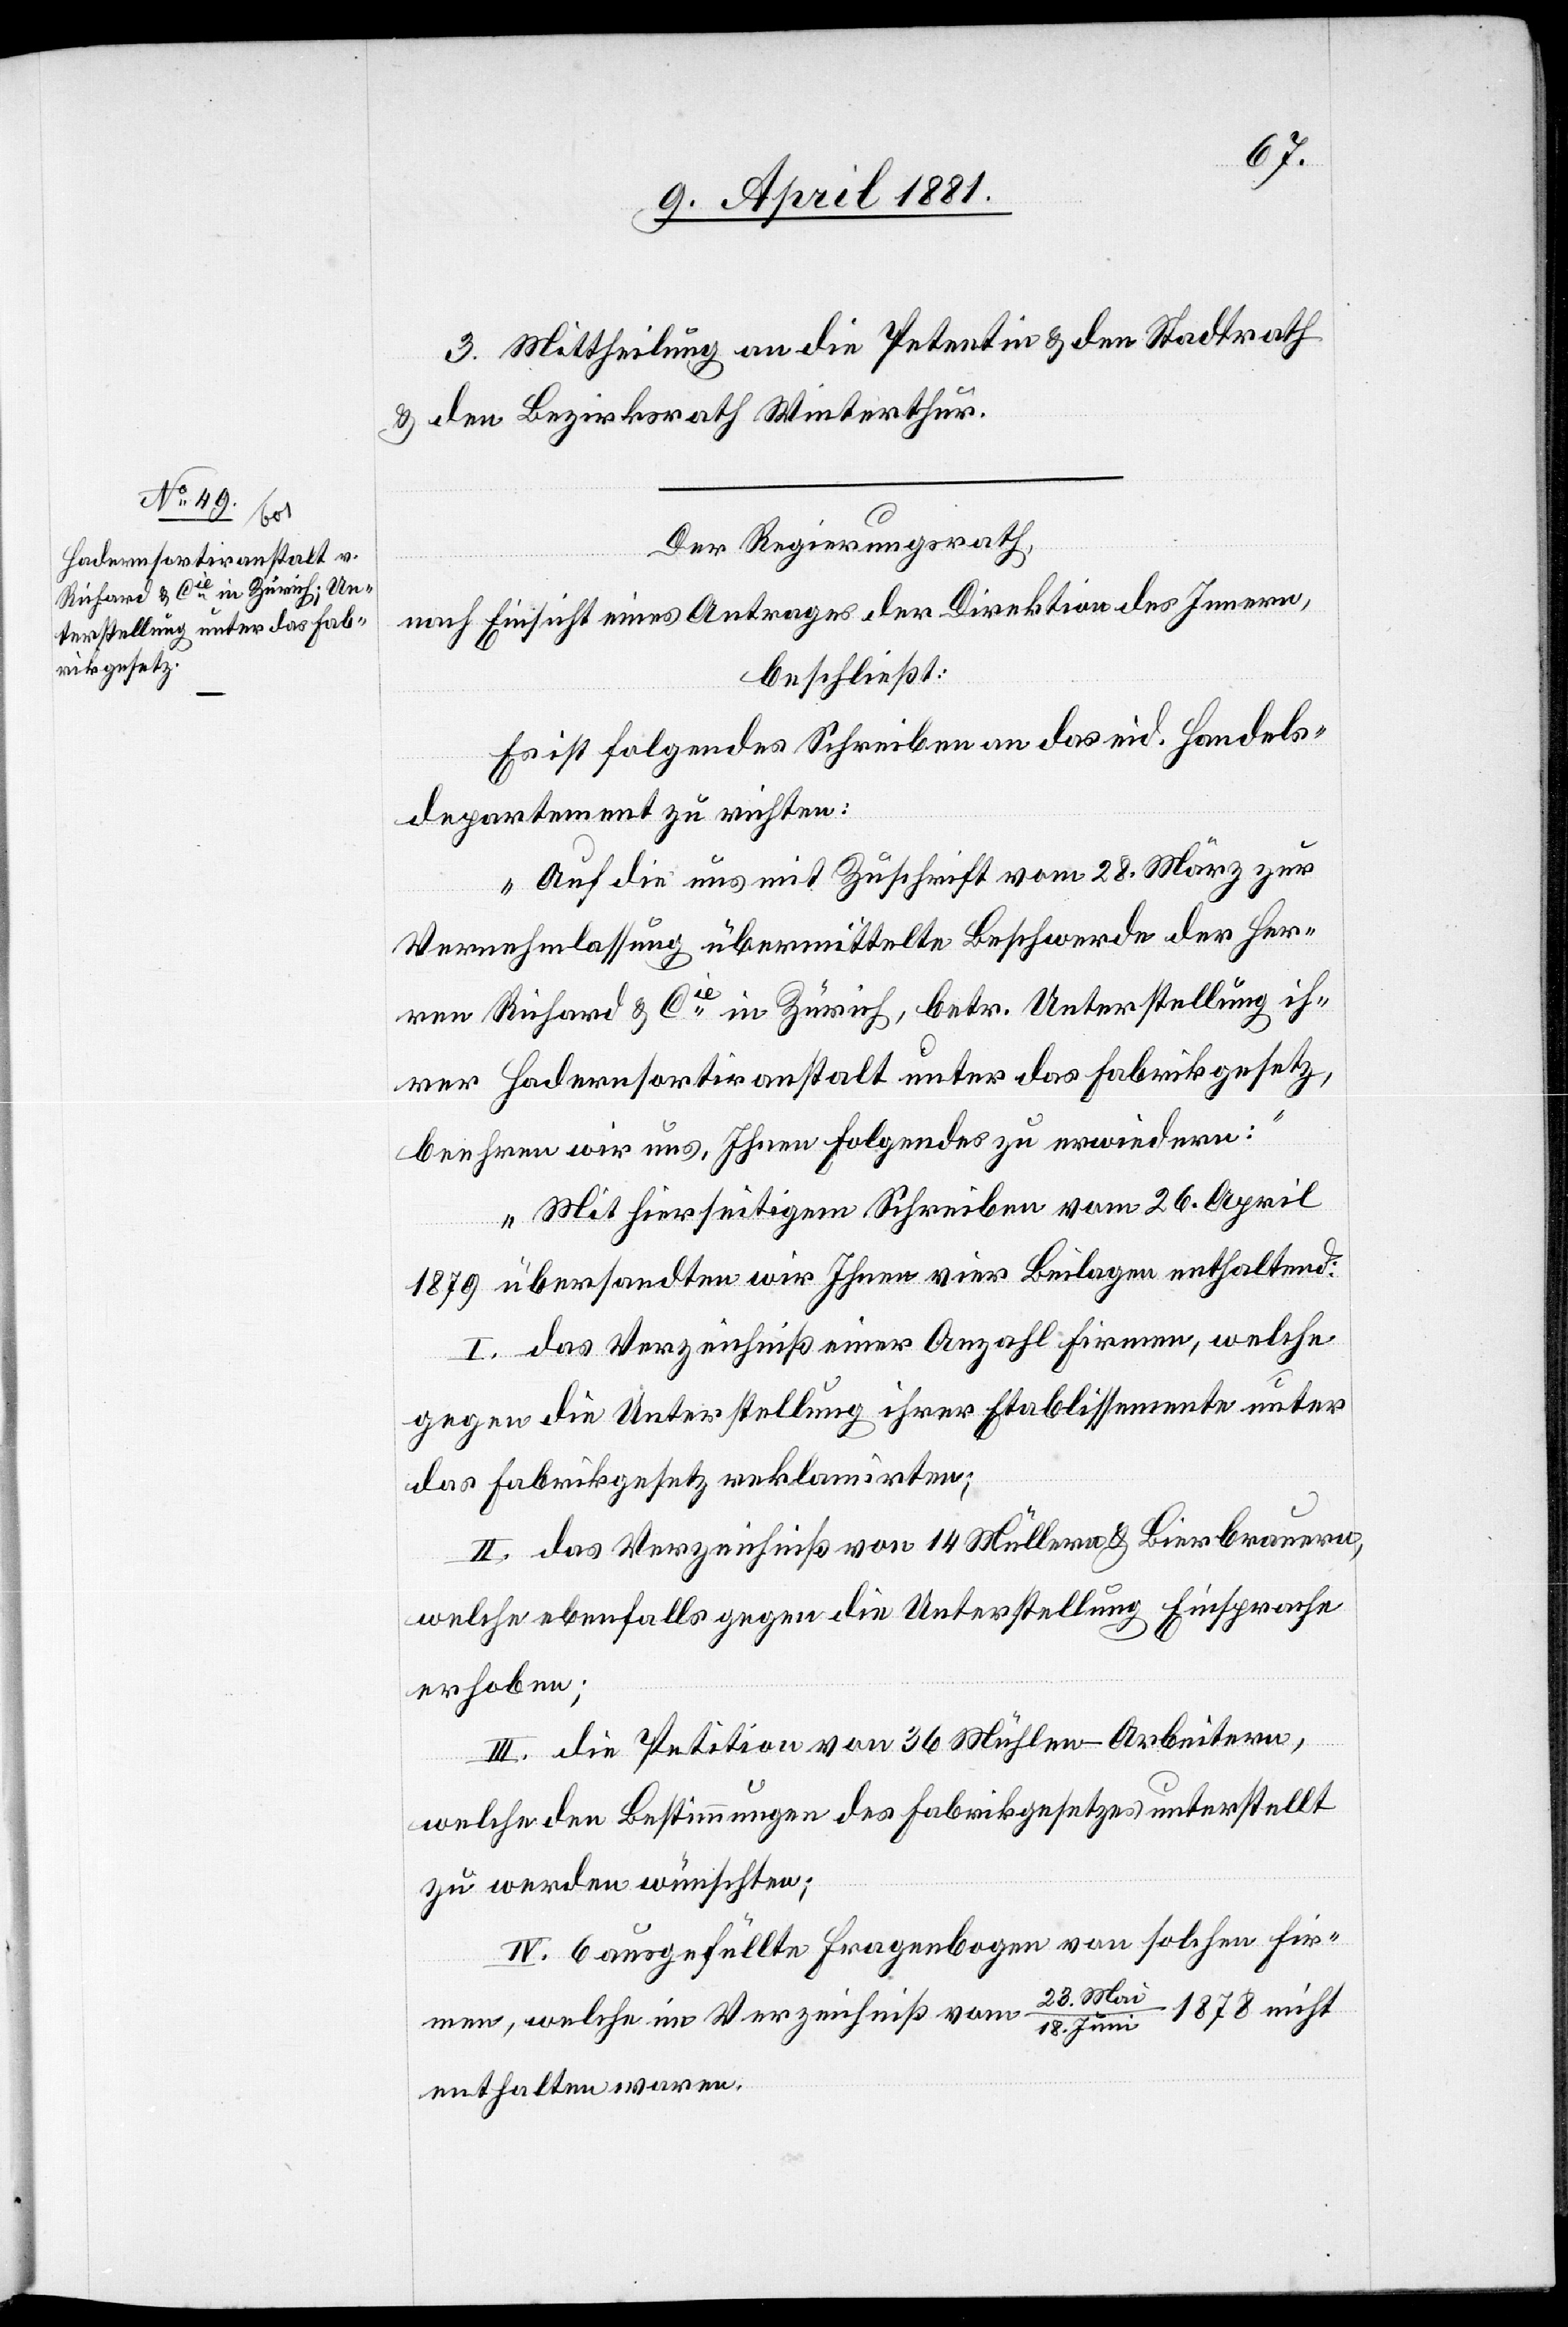
3. Mittheilung an die Petentin & den Stadtrath
& den Bezirksrath Winterthur.
Der Regierungsrath,
nach Einsicht eines Antrages der Direktion des Innern,
beschließt:
Es ist folgendes Schreiben an das eid. Handels¬
departement zu richten:
„Auf die uns mit Zuschrift vom 28. März zur
Vernehmlassung übermittelte Beschwerde der Her¬
ren Richard & Cie in Zürich, betr. Unterstellung ih¬
rer Hadernsortiranstalt unter das Fabrikgesetz,
beehren wir uns, Ihnen folgendes zu erwiedern:
Mit hierseitigem Schreiben vom 26. April
1879 übersandten wir Ihnen vier Beilagen enthaltend:
I. das Verzeichniß einer Anzahl Firmen, welche
gegen die Unterstellung ihrer Etablissemente unter
des Fabrikgesetz reklamirten;
II. das Verzeichniß von 14 Müllern & Bierbrauern,
welche ebenfalls gegen die Unterstellung Einsprache
erhoben;
III. die Petition von 36 Mühlen-Arbeitern,
welche den Bestimmungen des Fabrikgesetzes unterstellt
zu werden wünschten;
IV. 6 ausgefüllte Fragenbogen von solchen Fir¬
men, welche im Verzeichniß vom 28. Ma¬
i/18. Juni 1878 nicht
enthalten waren.